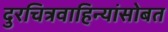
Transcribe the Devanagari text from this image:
दुरचित्रवाहिन्यांसोबत